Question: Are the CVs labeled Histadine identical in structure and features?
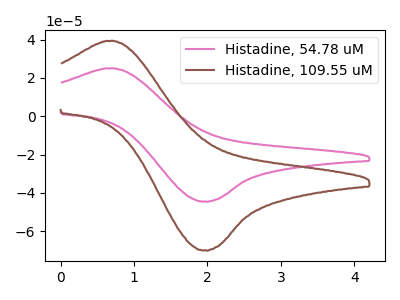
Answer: <think>The pink curve "Histadine, 54.78 uM" has an anodic peak at (0.65V, 25.00uA) and a cathodic peak at (1.95V, -44.50uA). The brown curve "Histadine, 109.55 uM" has an anodic peak at (0.65V, 39.35uA) and a cathodic peak at (1.95V, -69.95uA).
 All the peaks in "Histadine, 54.78 uM" have a peak in "Histadine, 109.55 uM" at the same potential. Every peak in "Histadine, 54.78 uM" is lower than every peak in "Histadine, 109.55 uM".</think>
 <answer>All the CV's of "Histadine" have similar shape.</answer>
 <eval>follow_rule</eval>